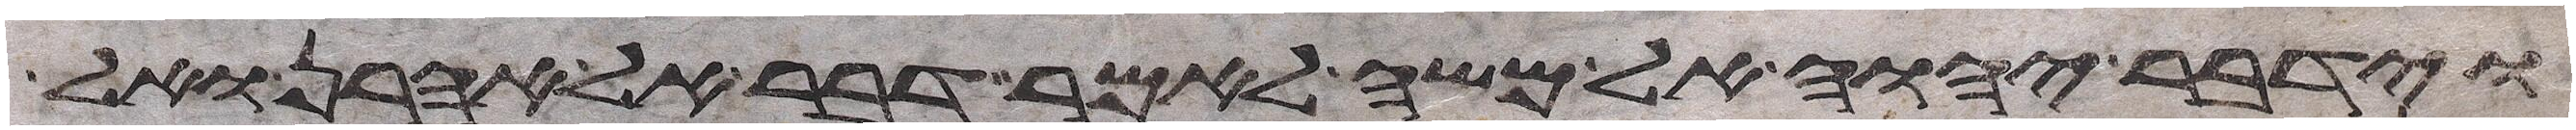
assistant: וידבר יהוה אל משה לאמר דבר אל אהרן ואל